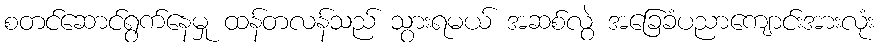
စတင်ဆောင်ရွက်နေမှု ထန်တလန်သည် သွားရမယ် အဆစ်လွဲ အခြေခံပညာကျောင်းအားလုံး